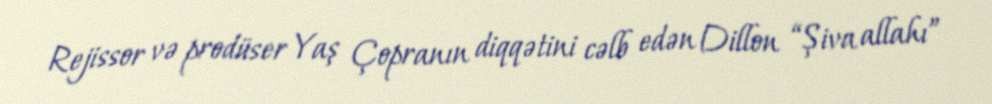
Rejissor və prodüser Yaş Çopranın diqqətini cəlb edən Dillon “Şiva allahı”